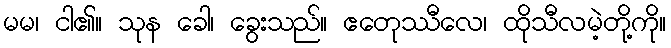
မမ၊ ငါ၏။ သုန ခေါ၊ ခွေးသည်။ ဧတေုဿီလေ၊ ထိုသီလမဲ့တို့ကို။